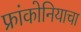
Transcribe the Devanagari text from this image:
फ्रांकोनियाचा